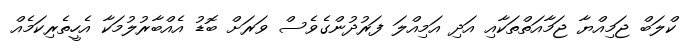
ކްލަބް ޖަމިއްޔާ ޖަމާއަތްތަކާއި އަދި އަމިއްލަ ފަރުދުންގެވެސް ވަރަށް ބޮޑު އެއްބާރުލުމަކާ އެހީތެރިކަމެއް